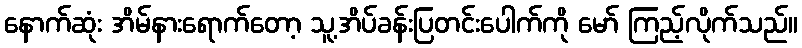
နောက်ဆုံး အိမ်နားရောက်တော့ သူ့အိပ်ခန်းပြတင်းပေါက်ကို မော် ကြည့်လိုက်သည်။